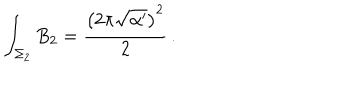
\int _ { \Sigma _ { 2 } } B _ { 2 } = \frac { \left( 2 \pi \sqrt { \alpha ^ { \prime } } \right) ^ { 2 } } { 2 } \, .